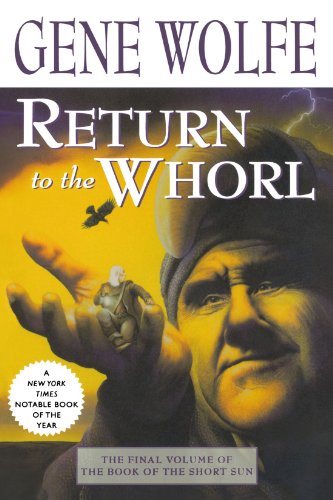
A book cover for Return to the Whorl: The Final Volume of 'The Book of the Short Sun'; Gene Wolfe; Science Fiction & Fantasy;